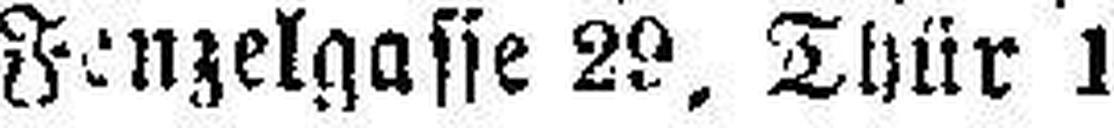
Fenzelgasse 29, Thür 1. 44354—3